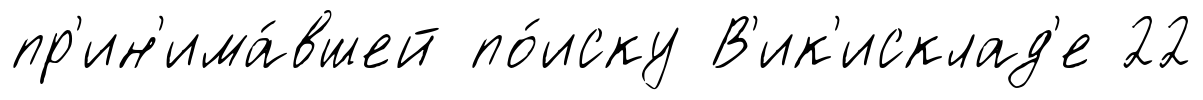
пр'ин'има́вшей по́иску В'ик'исклад'е 22